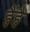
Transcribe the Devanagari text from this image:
हैंहै